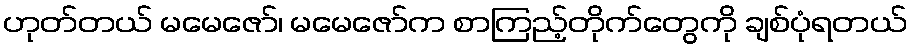
ဟုတ်တယ် မမေဇော်၊ မမေဇော်က စာကြည့်တိုက်တွေကို ချစ်ပုံရတယ်